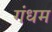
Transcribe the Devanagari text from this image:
गंधम